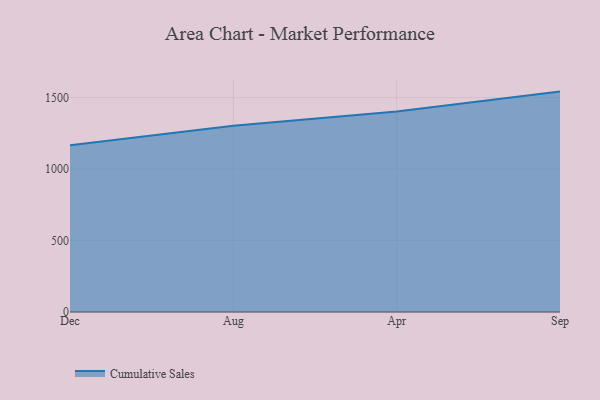
{"axis": {"x": "Month", "y": "Page Views"}, "legend": ["Cumulative Sales"], "data": [{"x": "Dec", "y": 1165.6, "type": "Cumulative Sales"}, {"x": "Aug", "y": 1303.1, "type": "Cumulative Sales"}, {"x": "Apr", "y": 1403.3, "type": "Cumulative Sales"}, {"x": "Sep", "y": 1541.8, "type": "Cumulative Sales"}]}